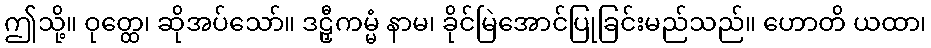
ဤသို့။ ဝုတ္ထေ၊ ဆိုအပ်သော်။ ဒဠှီကမ္မံ နာမ၊ ခိုင်မြဲအောင်ပြုခြင်းမည်သည်။ ဟောတိ ယထာ၊